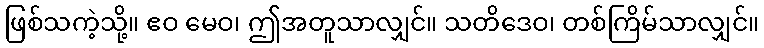
ဖြစ်သကဲ့သို့။ ဧဝ မေဝ၊ ဤအတူသာလျှင်။ သတိဒေဝ၊ တစ်ကြိမ်သာလျှင်။